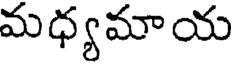
మధ్యమాయ